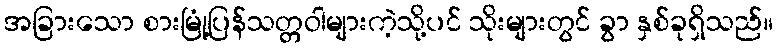
အခြားသော စားမြုံ့ပြန်သတ္တဝါများကဲ့သို့ပင် သိုးများတွင် ခွာ နှစ်ခုရှိသည်။